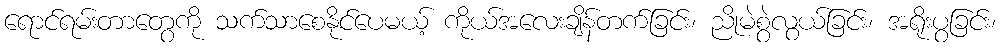
ရောင်ရမ်းတာတွေကို သက်သာစေနိုင်ပေမယ့် ကိုယ်အလေးချိန်တက်ခြင်း၊ ညိုမဲစွဲလွယ်ခြင်း၊ အရိုးပွခြင်း၊